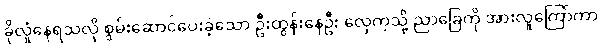
ခိုလှုံနေရသလို စွမ်းဆောင်ပေးခဲ့သော ဦးထွန်းနေဦး လှေကဲ့သို့ ညာခြေကို အားလူကြော်ကာ